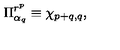
\Pi _ { \alpha _ { q } } ^ { r ^ { p } } \equiv \chi _ { p + q , q } ,